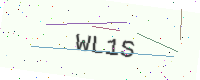
Text: WL1S